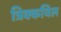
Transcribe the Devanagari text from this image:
त्रिक्कयिल